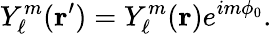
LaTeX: Y_{\ell}^{m}({\mathbf{r}}^{\prime})=Y_{\ell}^{m}({\mathbf{r}})e^{im\phi_{0}}.